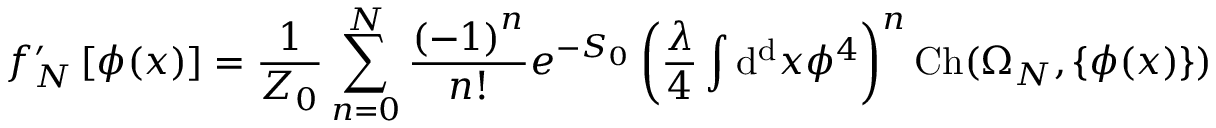
f _ { N } ^ { \prime } \left[ \phi ( x ) \right] = { \frac { 1 } { Z _ { 0 } } } \sum _ { n = 0 } ^ { N } { \frac { \left( - 1 \right) ^ { n } } { n ! } } e ^ { - S _ { 0 } } \left( { \frac { \lambda } { 4 } } \int \mathrm { d ^ { d } } x \phi ^ { 4 } \right) ^ { n } \mathrm { C h } ( \Omega _ { N } , \left\{ \phi ( x ) \right\} )